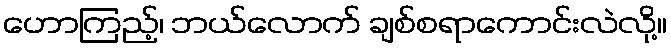
ဟောကြည့်၊ ဘယ်လောက် ချစ်စရာကောင်းလဲလို့။